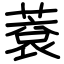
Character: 蔉